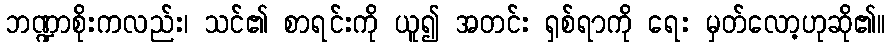
ဘဏ္ဍာစိုးကလည်း၊ သင်၏ စာရင်းကို ယူ၍ အတင်း ရှစ်ရာကို ရေး မှတ်လော့ဟုဆို၏။